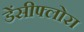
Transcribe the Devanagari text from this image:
डेंसीफ्लोरा